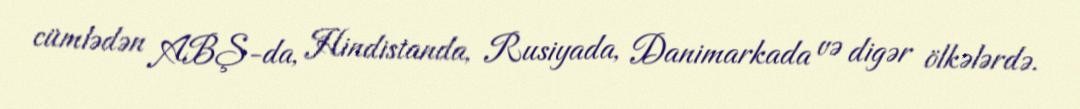
cümlədən ABŞ-da, Hindistanda, Rusiyada, Danimarkada və digər ölkələrdə.